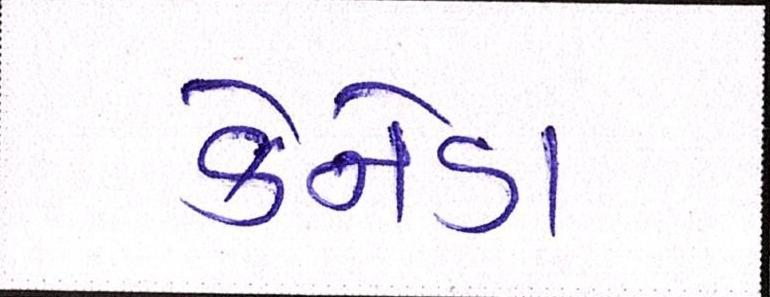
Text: કેનેડા